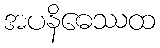
အပနိဓေဿထ